Scottish Leaving Certificate Examination, 1951
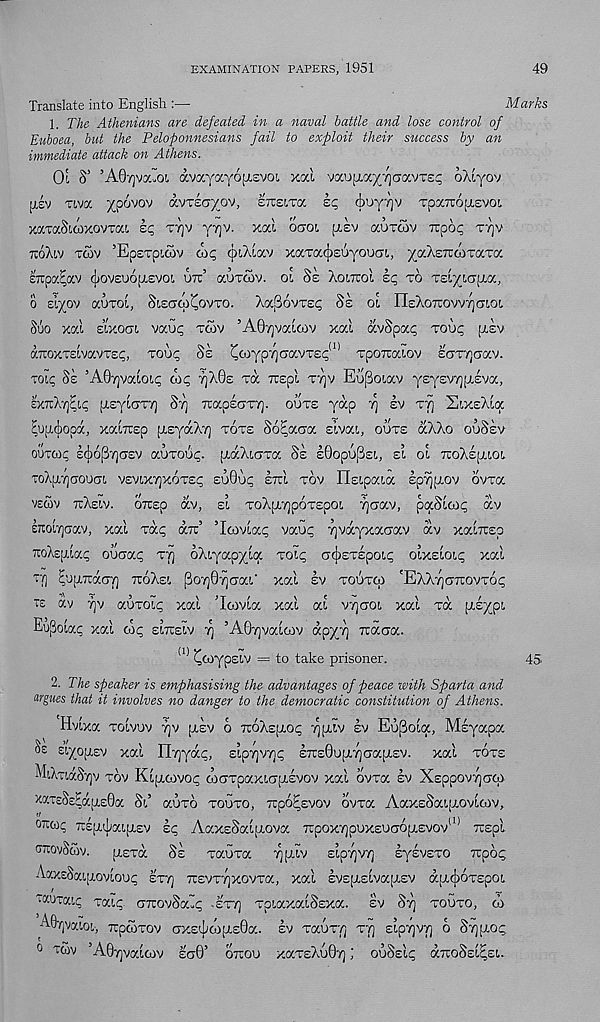
EXAMINATION PAPERS, 19ol
49
Translate into English :—
Marks
1. The Athenians are defeated in a naval battle and lose control of
Euboea, but the Peloponnesians fail to exploit their success by an
immediate attack on Athens.
O'l S’ ’A07]va-ot, avayayofAsvot, xcd vau[i.aytjgocvtsc; oXtyov
jjiv Tt,va XP^V 0V K-VTScryov, etteitcc
cboy/jv TpaitojAEVOt
xaTaSitoxovrat. sq tt]v yyjv. xat ocrot jaev auxcov rupop ttiv
TtoXiv twv ’EpETpttov dip (ixXty.v xaToccbsuyoum, yaXsTCWTaTa
ETtpa^aV ijlOVEUOplEVOt UTu’ aUTCOV. OL §E XotTCOt Ep TO Tzi-'/lGlfCC,
o Eiyov auxoi, SlectwCovto. XaSovrsp Se ol IleXoTtovvTjcTLOt
Suo xal Etxocn, vauc; twv ’AOtjvocioov xai avSpap Todp pisv
KTiOXTELvavrEp, too;; So Cttiyp^aocvT£p (1) Tporcottov EcrT7)<7av.
tok; Se ’AOyjvatotp dx; 7]X0e Ta Trspl ttjv Eupoiav ysysvyjAEva,
EXTtXyj^Lp (XEytoTT) St) TtapsoTY]. oute yap 7] ev T"^ SixeAloc
^upi^opd, xaiTOp fXEydXT] tote So^aaa si vat, oute aXXo ouSsv
OUTCOC £(j)6|3"/](TEV aUTOU^. ptdXtCTTa Se sOopUPst, Et Ot TtoXEIjttOt
ToX[i,-/]oou(jt vEvixTjxoTEg suOup ETut tov Hstpata Epyjptov OVTa
veSv tcAeiv. OTcsp av, Et ToApt7]p6T£pot ‘/jciav, paStoop dv
ETto'iTjaav, xai Ta^ die’ ’loovtac; vaup Tjvdyxaaav dv xatTrep
iiOAsjjiap ouoap ty] oXtyapyta TOtp a^ETEpoti; otxstotp xat
ty) ^uptTtdaY) TtoXst poY]0Yjcrat' xat ev toutoy 'EAXy)(jtuovt6(;
te dv Yjv auToii; xat ’Icovta xat at vYjaot xat Ta pts^pt
3otap xat cop stirs tv 7} ’A0Y]vatcov dpyy iraCTa.
(1) ^coypstv = to take prisoner.
45
2. The speaker is emphasising the advantages of peace with Sparta and
argues that it involves no danger to the democratic constitution of Athens.
Hvtxa TOtvuv Yjv pLEv d TtoXsjjtop Y]pttv ev Eu(3ota, Msyapa
^ dyoptsv xat IlYjydp, stpY]VY]p ETrEQuptYjcjaptEV. xat tote
MtXTldcSYJV tov Kt[j,covop coaTpaxtcriAEvov xat dvTa ev XsppovYjcjcp
X«TESE^dpt£0a St’ auTo touto, Trpo^Evov ovTa AaxsSatptovtcov,
oxcop XEpn|;at{jtEV sp AaxsSatptova TrpoxYjpuxEuaoptEvov 11 ’ Trspl
dxovScov.
ptETa Ss TauTa f [A tv stpYjVY) sysvETO irpop
AaXsSatfXOVtOUp STY] TtEVTYJXOVTa, xat £VEpt£tVa[J.EV dpt^OTEpOt.
tauratp Tatp. cnrovSaip -ety] TptaxatSsxa. ev Syj touto, co
AOrjvatot, irpcoTov axEtficoptsOa. ev TauT'/; tyj EtpY]VY) o SY]ptop.
0 T^v ’A0Y]vatcov Ea0’ oirou XaTsXu0Y] ; ouSstp dTroSst^Et.